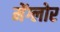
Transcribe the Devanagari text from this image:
मेंग्लोर